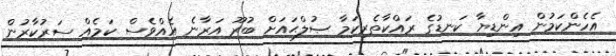
އެހެންކަމުން އިންޑިޔާ ކަނޑުގެ ރައްކާތެރިކަމާ ޞުލްޙައަށް ބުރޫ އަރާނެ އެއްވެސް ކަމެއް ސަރުކާރުން